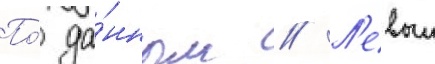
По́ да́нным // Л'евыи